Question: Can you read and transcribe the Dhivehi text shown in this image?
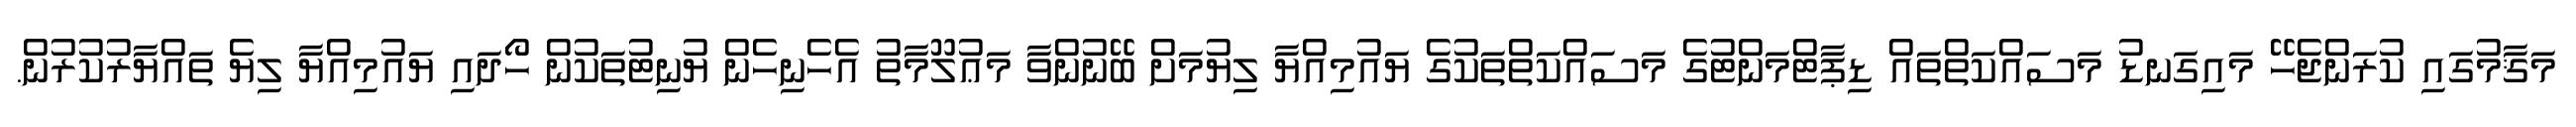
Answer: މަޤާމުގައި ކުރަންޖެހޭ މައިގަނޑު މަސައްކަތްތައް ޑިޕާޓްމަންޓުގެ މަސައްކަތްތަކުގެ ޔައުމިއްޔާ ލިޔުމަށް ބޭނުންވާ މަޢުލޫމާތު އެހެނިހެން ޔުނިޓުތަކުން ހޯދައި ޔައުމިއްޔާ ލިޔެ ތައްޔާރުކުރުން.